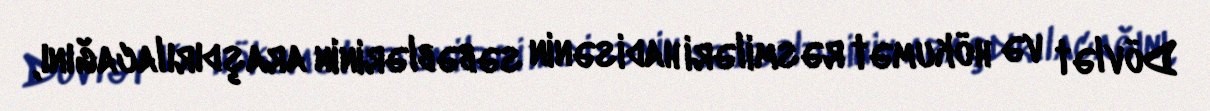
Dövlət və hökumət rəsmiləri hadisənin səbəblərinin araşdırılacağını,